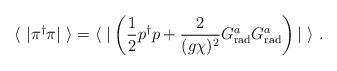
LaTeX: \begin{align*}\langle \ | \pi^{\dagger}\pi | \ \rangle =\langle \ | \left( \frac{1}{2} p^{\dagger}p + \frac{2}{(g\chi)^2}G^a_{\rm rad} G^a_{\rm rad} \right) |\ \rangle \ .\end{align*}